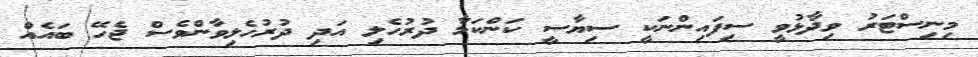
މިނިސްޓަރު ވިދާޅުވީ ސިފައިންނަކީ ސިޔާސީ ކަންކަމާ ދުރުހެލި އަދި ދުރުހެލިވާންވެސް ޖެހޭ ބައެއް